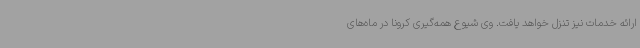
ارائه خدمات نیز تنزل خواهد یافت. وی شیوع همه‌گیری کرونا در ماه‌های